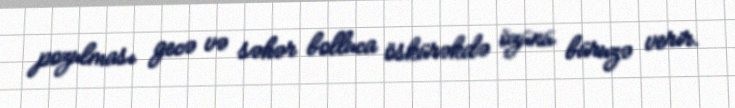
pozulması gecə və səhər bolluca öskürəkdə özünü büruzə verir.